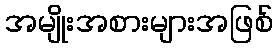
အမျိုးအစားများအဖြစ်